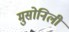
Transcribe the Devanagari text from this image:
मुसोनिली